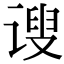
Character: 𫍲